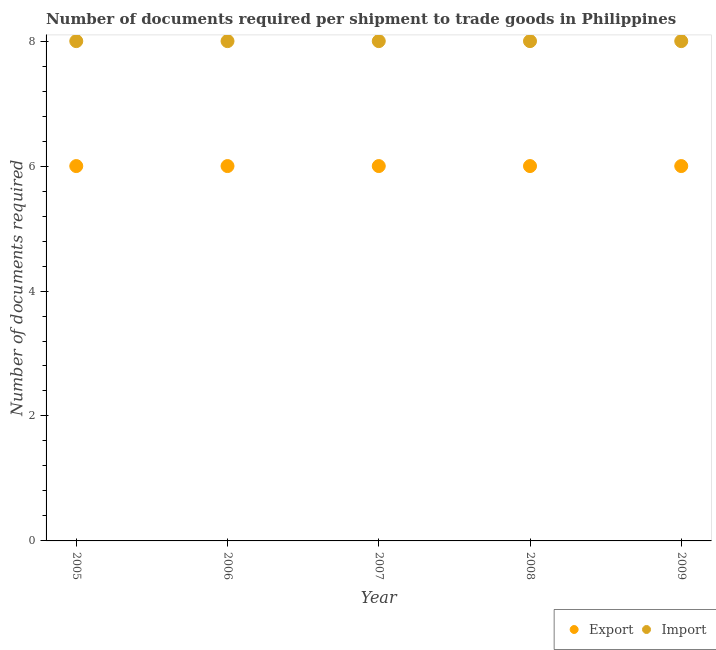
| Year | Export | Import |
 | --- | --- | --- |
 | 2005 | 6 | 8 |
 | 2006 | 6 | 8 |
 | 2007 | 6 | 8 |
 | 2008 | 6 | 8 |
 | 2009 | 6 | 8 |